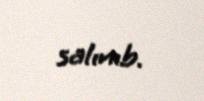
salınıb.